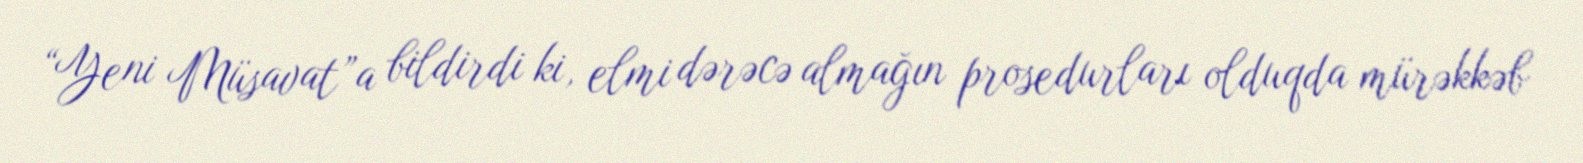
“Yeni Müsavat”a bildirdi ki, elmi dərəcə almağın prosedurları olduqda mürəkkəb